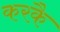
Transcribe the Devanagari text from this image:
करकै